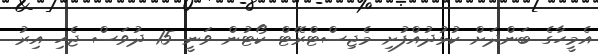
އެމީހާގެ ބަންދަށް ކުޅުދުއްފުށި މެޖިސްޓްރޭޓް ކޯޓުން ވަނީ 15 ދުވަސް ޖެހި އިރު